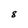
Character: 8